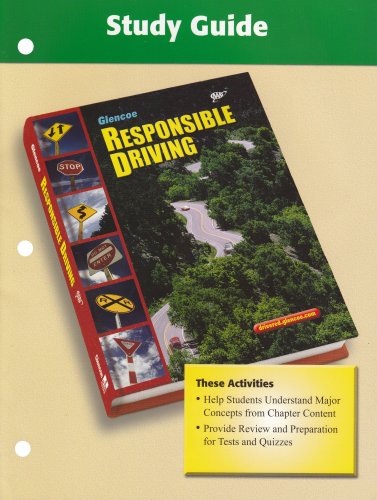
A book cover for Responsible Driving, Study Guide (SPORTS'LIKE/RESPNS'BLE DRIVING); McGraw-Hill Education; Test Preparation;